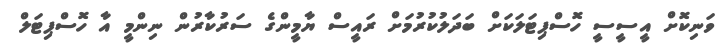
ވަނިކޮށް އީސީސީ ހޮސްޕިޓަލަކަށް ބަދަލުކުރުމަށް ރައީސް ޔާމީންގެ ސަރުކާރުން ނިންމީ އާ ހޮސްޕިޓަލް